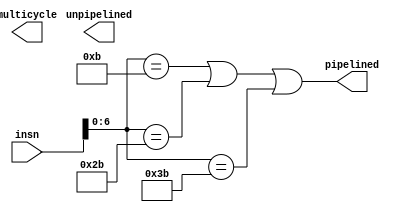
module SCIEDecoder(
  input  [31:0] insn,
  output        unpipelined,
  output        pipelined,
  output        multicycle
);

  //assign unpipelined = 1'h0; // @[SCIEDecoder.scala 16:18]
  assign pipelined = insn[6:0] == 7'hb | insn[6:0] == 7'h2b | insn[6:0] == 7'h3b; // @[SCIEDecoder.scala 15:73]
  //assign multicycle = 1'h0; // @[SCIEDecoder.scala 17:17]
endmodule